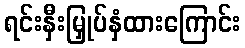
ရင်းနှီးမြှုပ်နှံထားကြောင်း